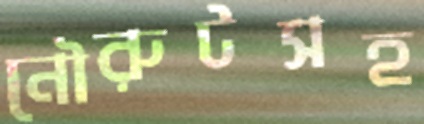
নৌরুটসহ